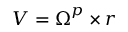
\boldsymbol { V } = \boldsymbol { \Omega } ^ { p } \times \boldsymbol { r }